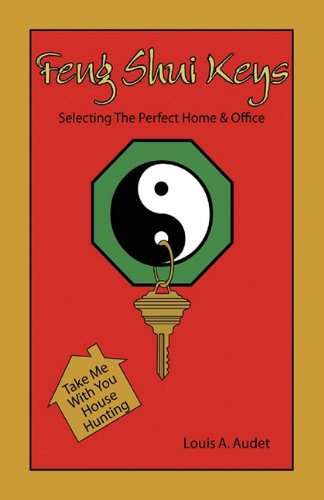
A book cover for Feng Shui Keys: Selecting the Perfect Home & Office; Louis Audet; Religion & Spirituality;